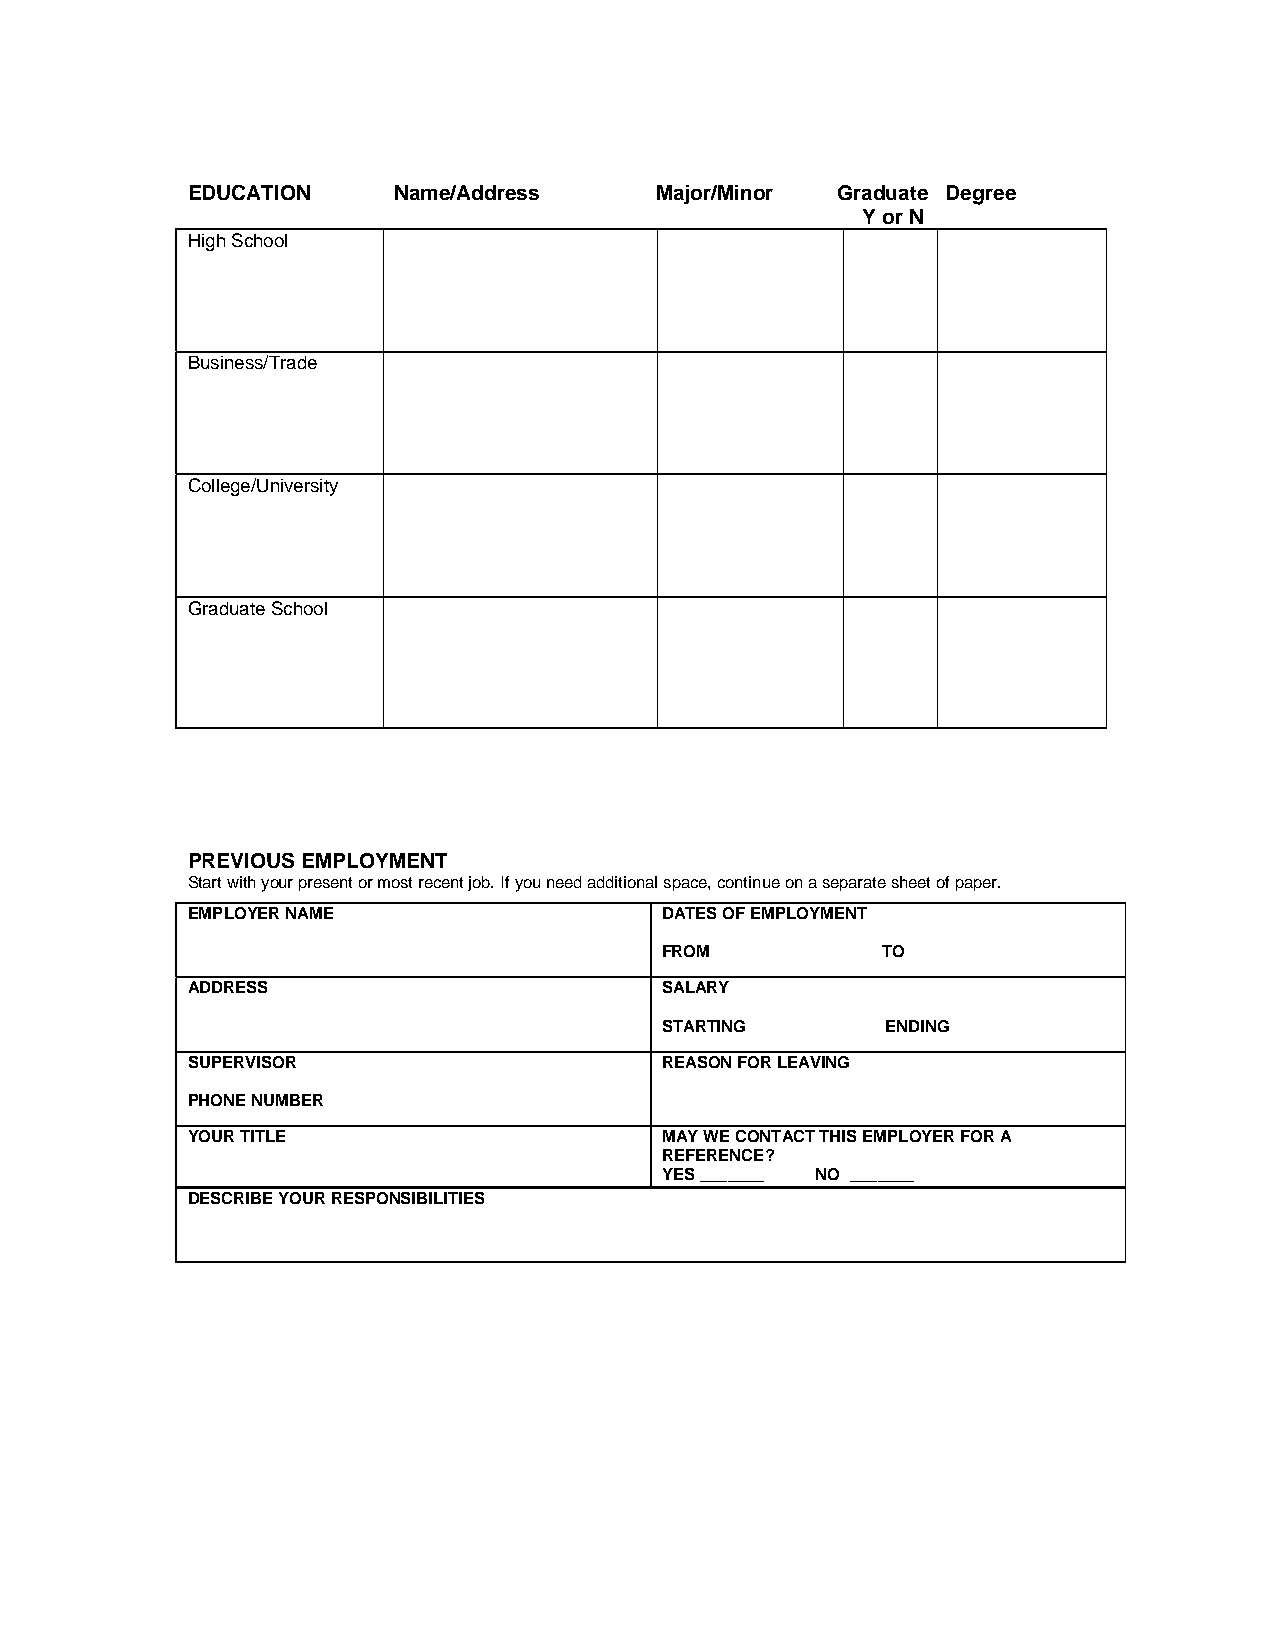
EDUCATION     Name/Address     Major/Minor Graduate Degree
 Y or N
 High School
 Business/Trade
 College/University
 Graduate School
 PREVIOUS EMPLOYMENT
 Start with your present or most recent job. If you need additional space, continue on a separate sheet of paper.
 EMPLOYER NAME                   DATES OF EMPLOYMENT
 FROM          TO
 ADDRESS                         SALARY
 STARTING       ENDING
 SUPERVISOR                      REASON FOR LEAVING
 PHONE NUMBER
 YOUR TITLE                      MAY WE CONTACT THIS EMPLOYER FOR A
 REFERENCE?
 YES _______ NO _______
 DESCRIBE YOUR RESPONSIBILITIES